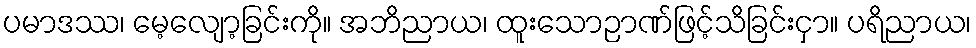
ပမာဒဿ၊ မေ့လျော့ခြင်းကို။ အဘိညာယ၊ ထူးသောဉာဏ်ဖြင့်သိခြင်းငှာ။ ပရိညာယ၊